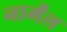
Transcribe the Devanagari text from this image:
नार्मेंल